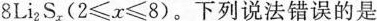
8Li2S，(2≤x≤8)。下列说法错误的是